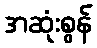
အဆုံးစွန်